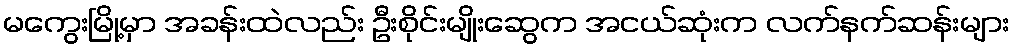
မကွေးမြို့မှာ အခန်းထဲလည်း ဦးစိုင်းမျိုးဆွေက အငယ်ဆုံးက လက်နက်ဆန်းများ